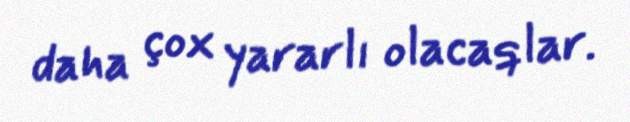
daha çox yararlı olacaqlar.